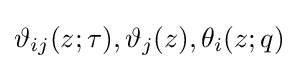
\vartheta _{ij}(z;\tau ),\vartheta _{j}(z),\theta _{i}(z;q)